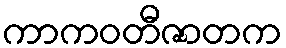
ကာကဝတီဇာတက